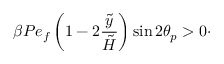
\beta P e _ { f } \left( 1 - 2 \frac { \tilde { y } } { \tilde { H } } \right) \sin 2 \theta _ { p } > 0 \cdot